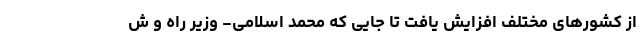
از کشورهای مختلف افزایش یافت تا جایی که محمد اسلامی- وزیر راه و ش